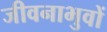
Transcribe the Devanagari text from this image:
जीवनाभुवों